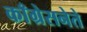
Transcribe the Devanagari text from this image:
काँग्रेसनेते